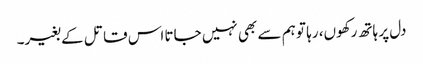
دل پر ہاتھ رکھوں، رہا تو ہم سے بھی نہیں جاتا اس قاتل کے بغیر۔